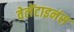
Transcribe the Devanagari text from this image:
वेलेंटाइनंस